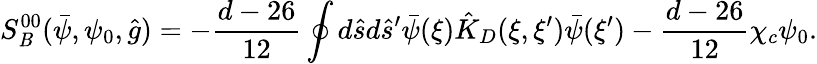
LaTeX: {S_{\mathit{B}}^{00}}(\bar{{\psi}},{\psi_{0}},\hat{{g}})=-{\frac{{d-26}}{{12}}}\oint{d}\hat{{s}}d{\hat{{s}}^{\prime}}\bar{{\psi}}(\xi){\hat{{K}}_{D}}(\xi,\xi^{\prime})\bar{{\psi}}(\xi^{\prime})-{\frac{{d-26}}{{12}}}{\chi_{c}}{\psi_{0}}.